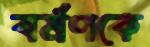
বর্মণকে